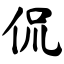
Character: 侃